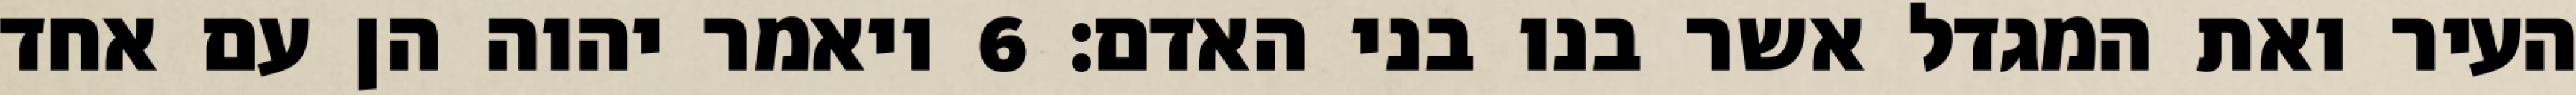
העיר ואת המגדל אשר בנו בני האדם׃ ‎6‏ ויאמר יהוה הן עם אחד